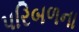
પરિબળના